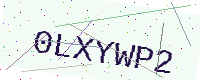
Text: 0LXYWP2